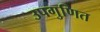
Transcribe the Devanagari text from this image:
उपगुणित